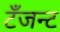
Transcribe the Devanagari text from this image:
टँजन्ट